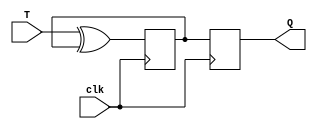
module T_ff (
    input wire clk,
    input wire T,
    output reg Q
);

reg Q_master, Q_slave;

always @(posedge clk) begin
    Q_master <= T ^ Q_master; // Master flip-flop changes state based on input T
    Q_slave <= Q_master; // Slave flip-flop changes state on the next clock edge
end

assign Q = Q_slave;

endmodule